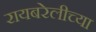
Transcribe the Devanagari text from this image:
रायबरेलीच्या